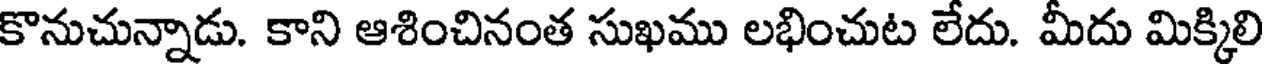
కొనుచున్నాడు. కాని ఆశించినంత సుఖము లభించుట లేదు. మీదు మిక్కిలి